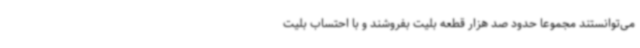
می‌توانستند مجموعا حدود صد هزار قطعه بلیت بفروشند و با احتساب بلیت